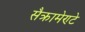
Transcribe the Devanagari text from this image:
सैक्रामेण्टे